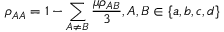
\rho _ { A A } = 1 - \sum _ { A \neq B } \frac { \mu \rho _ { A B } } { 3 } , A , B \in \{ a , b , c , d \}